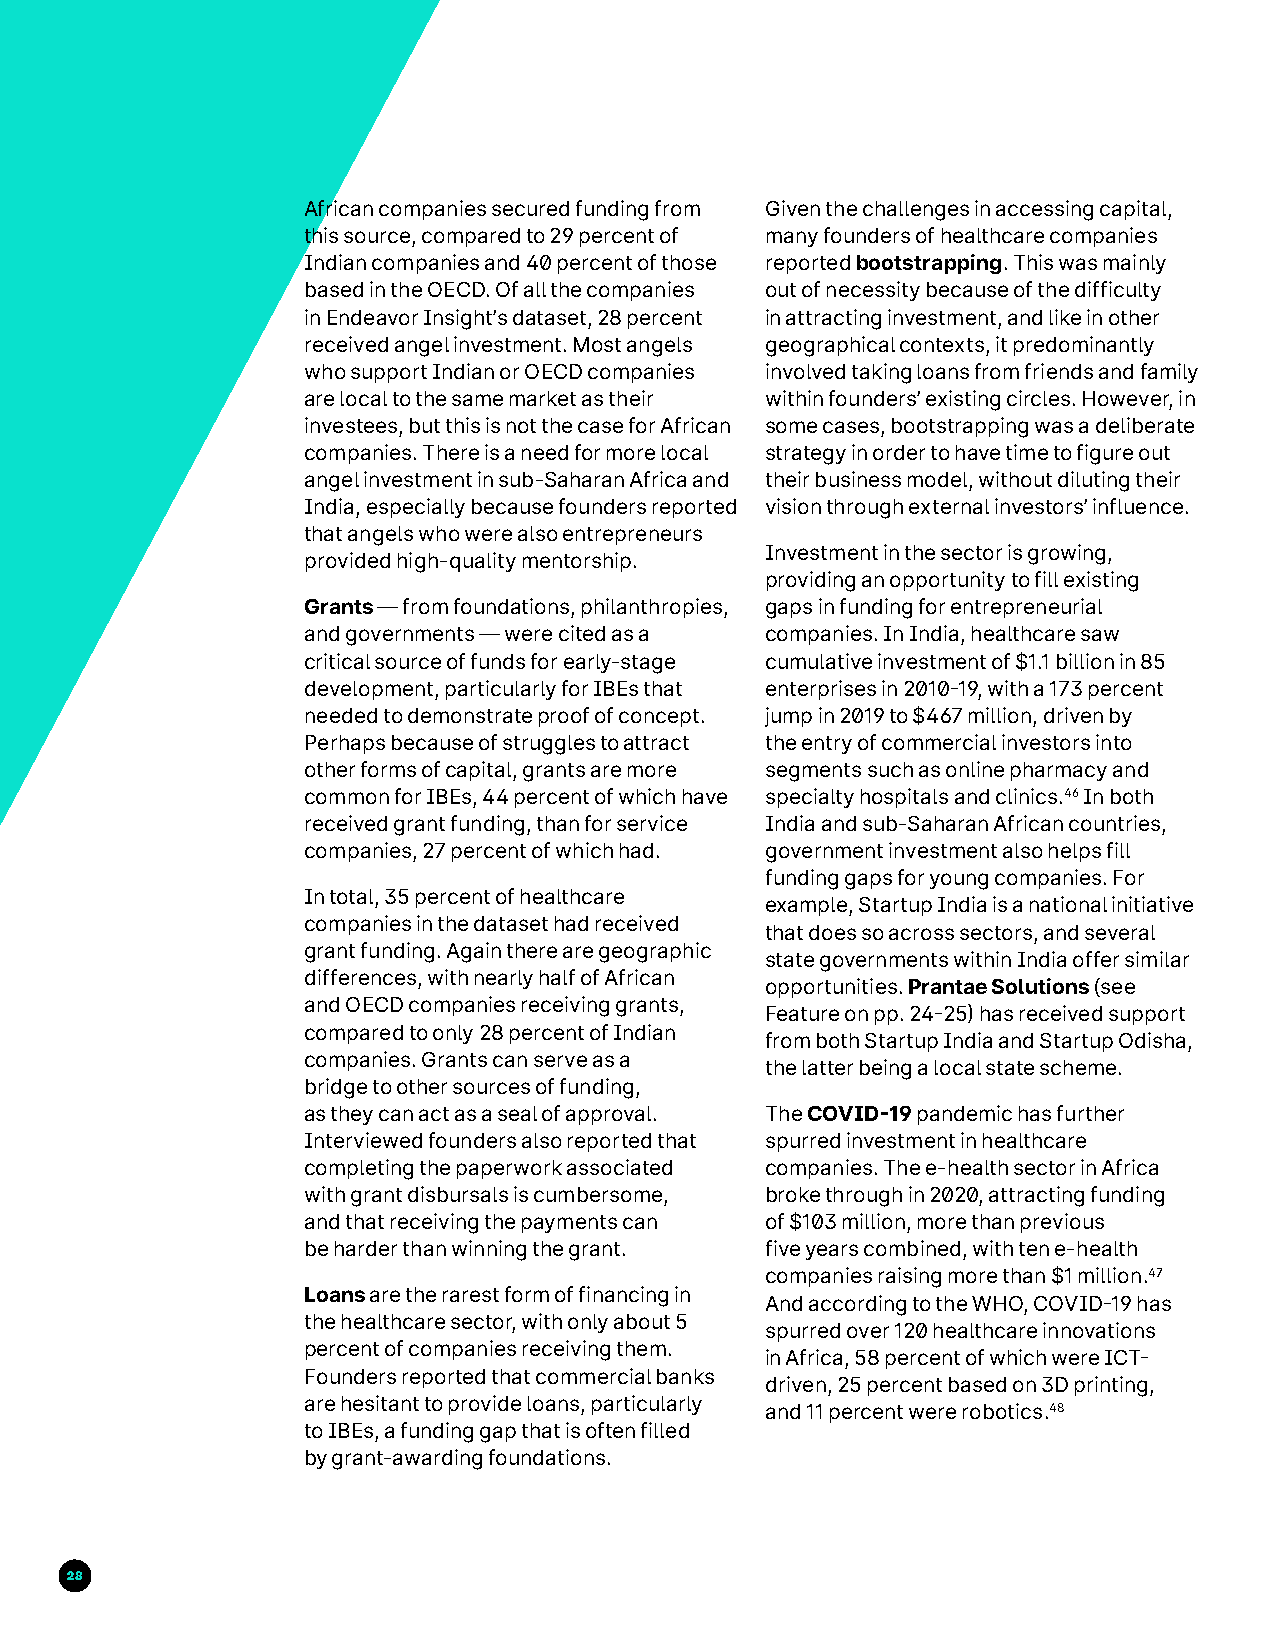
African companies secured funding from Given the challenges in accessing capital,
 this source, compared to 29 percent of many founders of healthcare companies
 Indian companies and 40 percent of those reported bootstrapping. This was mainly
 based in the OECD. Of all the companies out of necessity because of the difficulty
 in Endeavor Insight’s dataset, 28 percent in attracting investment, and like in other
 received angel investment. Most angels geographical contexts, it predominantly
 who support Indian or OECD companies involved taking loans from friends and family
 are local to the same market as their within founders’ existing circles. However, in
 investees, but this is not the case for African some cases, bootstrapping was a deliberate
 companies. There is a need for more local strategy in order to have time to figure out
 angel investment in sub-Saharan Africa and their business model, without diluting their
 India, especially because founders reported vision through external investors’ influence.
 that angels who were also entrepreneurs
 Investment in the sector is growing,
 provided high-quality mentorship.
 providing an opportunity to fill existing
 Grants — from foundations, philanthropies, gaps in funding for entrepreneurial
 and governments — were cited as a companies. In India, healthcare saw
 critical source of funds for early-stage cumulative investment of $1.1 billion in 85
 development, particularly for IBEs that enterprises in 2010-19, with a 173 percent
 needed to demonstrate proof of concept. jump in 2019 to $467 million, driven by
 Perhaps because of struggles to attract the entry of commercial investors into
 other forms of capital, grants are more segments such as online pharmacy and
 common for IBEs, 44 percent of which have specialty hospitals and clinics.46 In both
 received grant funding, than for service India and sub-Saharan African countries,
 companies, 27 percent of which had. government investment also helps fill
 funding gaps for young companies. For
 In total, 35 percent of healthcare
 example, Startup India is a national initiative
 companies in the dataset had received
 that does so across sectors, and several
 grant funding. Again there are geographic
 state governments within India offer similar
 differences, with nearly half of African
 opportunities. Prantae Solutions (see
 and OECD companies receiving grants,
 Feature on pp. 24-25) has received support
 compared to only 28 percent of Indian
 from both Startup India and Startup Odisha,
 companies. Grants can serve as a
 the latter being a local state scheme.
 bridge to other sources of funding,
 as they can act as a seal of approval. The COVID-19 pandemic has further
 Interviewed founders also reported that spurred investment in healthcare
 completing the paperwork associated companies. The e-health sector in Africa
 with grant disbursals is cumbersome, broke through in 2020, attracting funding
 and that receiving the payments can of $103 million, more than previous
 be harder than winning the grant. five years combined, with ten e-health
 companies raising more than $1 million.47
 Loans are the rarest form of financing in
 And according to the WHO, COVID-19 has
 the healthcare sector, with only about 5
 spurred over 120 healthcare innovations
 percent of companies receiving them.
 in Africa, 58 percent of which were ICT-
 Founders reported that commercial banks
 driven, 25 percent based on 3D printing,
 are hesitant to provide loans, particularly
 and 11 percent were robotics.48
 to IBEs, a funding gap that is often filled
 by grant-awarding foundations.
 28